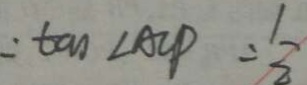
: \tan \angle A C P = \frac { 1 } { 2 }